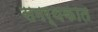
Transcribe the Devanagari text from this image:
समर्थकात